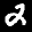
Label: 2